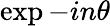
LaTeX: \exp{-in\theta}